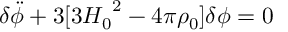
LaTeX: { \delta } \ddot { \phi } + 3 [ 3 { H _ { 0 } } ^ { 2 } - 4 { \pi } { \rho } _ { 0 } ] { \delta } { \phi } = 0